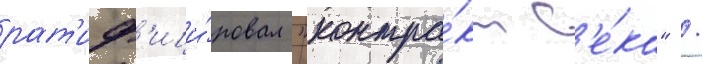
рат'иф'ици́ровал "контра́кт в'е́ка" /